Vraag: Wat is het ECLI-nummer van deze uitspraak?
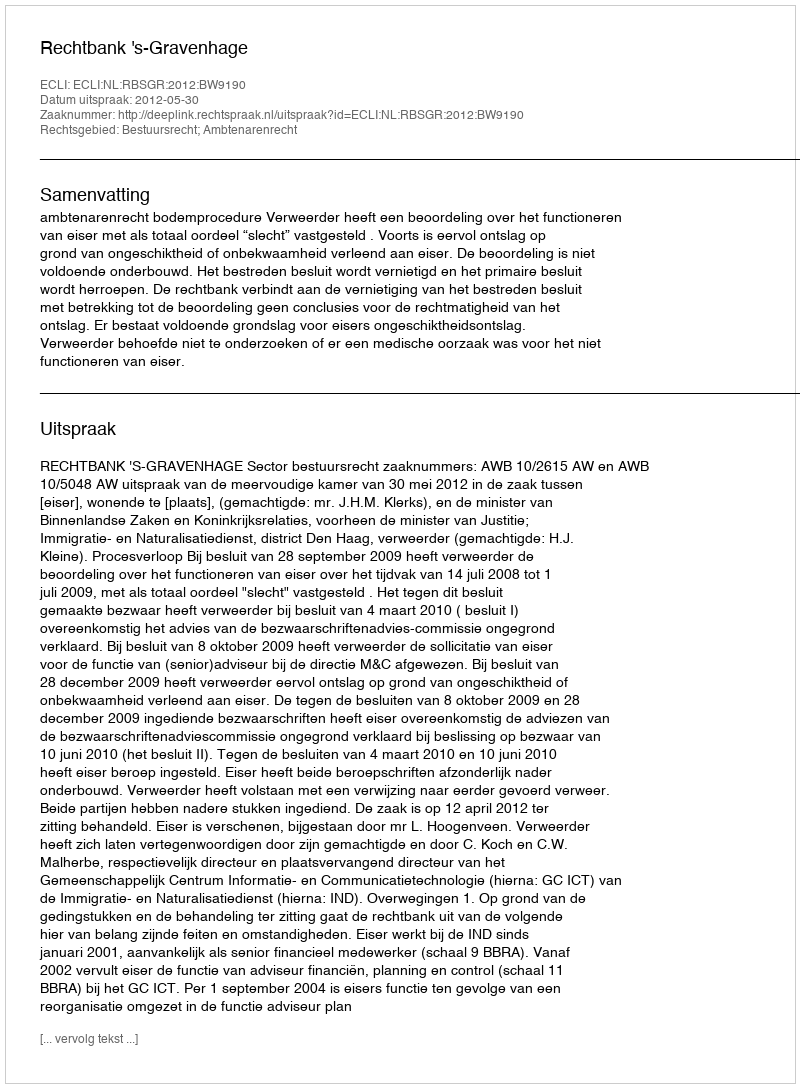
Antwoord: ECLI:NL:RBSGR:2012:BW9190